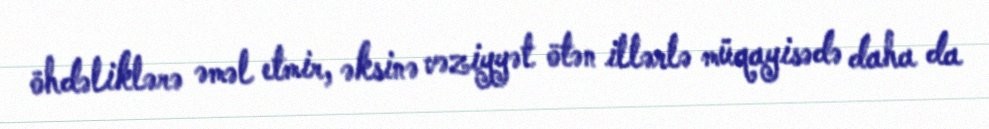
öhdəliklərə əməl etmir, əksinə vəziyyət ötən illərlə müqayisədə daha da